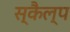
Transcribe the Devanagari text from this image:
स्कैल्प